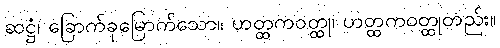
ဆဋ္ဌံ၊ ခြောက်ခုမြောက်သော။ ဟတ္ထကဝတ္ထု၊ ဟတ္ထကဝတ္ထုတည်း။